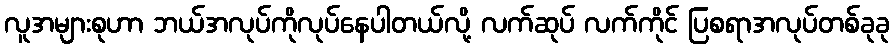
လူအများစုဟာ ဘယ်အလုပ်ကိုလုပ်နေပါတယ်လို့ လက်ဆုပ် လက်ကိုင် ပြစရာအလုပ်တစ်ခုခု